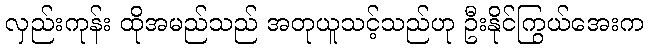
လှည်းကုန်း ထိုအမည်သည် အတုယူသင့်သည်ဟု ဦးနိုင်ကြွယ်အေးက